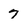
Character: 7